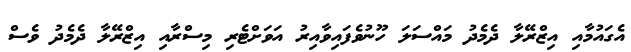
އެގައުމާއި އިޒްރޭލާ ދެމެދު މައްސަލަ ހޫނުވެފައިވާއިރު އަވަށްޓެރި މިސްރާއި އިޒްރޭލާ ދެމެދު ވެސް